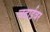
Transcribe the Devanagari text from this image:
चढाईवर